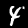
Label: 4